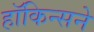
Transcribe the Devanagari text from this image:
हॉकिन्सने